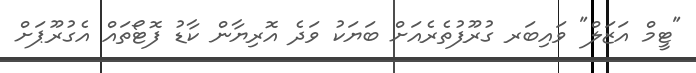
"ޓީމް އަޒަލް" ވައިބަރ ގުރޫފުތެރެއަށް ބަޔަކު ވަދެ އޮރިޔާން ކާޑު ފޮޓޯތައް އެގުރޫޕަށް